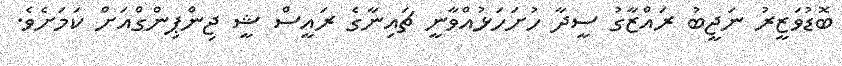
ބޮޑުވަޒީރު ނަޖީބު ރައްޒާގު ސީދާ ހުށަހަޅުއްވާނީ ޗައިނާގެ ރައީސް ޝީ ޖިންޕިންގްއަށް ކަމަށެވެ.